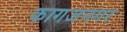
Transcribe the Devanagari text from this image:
कागजनगर